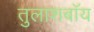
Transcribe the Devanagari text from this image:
तुलाशबॉय